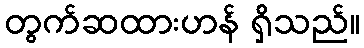
တွက်ဆထားဟန် ရှိသည်။